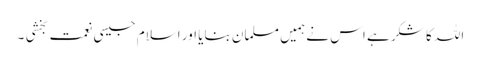
اللہ کا شکر ہے اس نے ہمیں مسلمان بنایا اور اسلام جیسی نعمت بخشی ۔